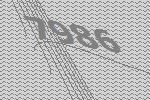
7986